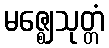
မဇ္ဈေသုတ္တံ